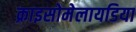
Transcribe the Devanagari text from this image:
क्राइसोमेलायडिया